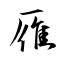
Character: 雁